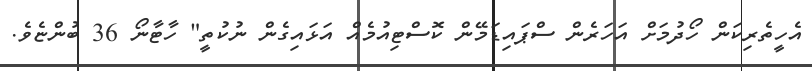
އެހީތެރިކަން ހޯދުމަށް އަހަރެން ސްޕައިޑަމޭން ކޮސްޓިއުމެއް އަޅައިގެން ނުކުތީ" ހާޓާނޯ 36 ބުންޏެވެ.